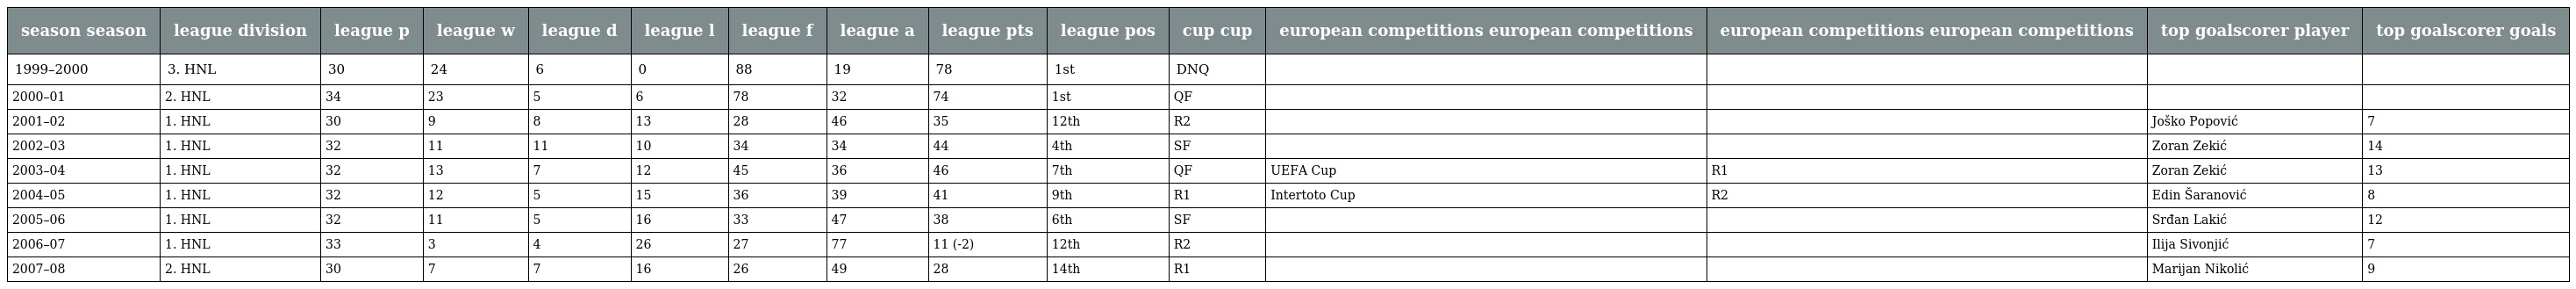
| season season | league division | league p | league w | league d | league l | league f | league a | league pts | league pos | cup cup | european competitions european competitions | european competitions european competitions | top goalscorer player | top goalscorer goals |
 | --- | --- | --- | --- | --- | --- | --- | --- | --- | --- | --- | --- | --- | --- | --- |
 | 1999–2000 | 3. HNL | 30 | 24 | 6 | 0 | 88 | 19 | 78 | 1st | DNQ |  |  |  |  |
 | 2000–01 | 2. HNL | 34 | 23 | 5 | 6 | 78 | 32 | 74 | 1st | QF |  |  |  |  |
 | 2001–02 | 1. HNL | 30 | 9 | 8 | 13 | 28 | 46 | 35 | 12th | R2 |  |  | Joško Popović | 7 |
 | 2002–03 | 1. HNL | 32 | 11 | 11 | 10 | 34 | 34 | 44 | 4th | SF |  |  | Zoran Zekić | 14 |
 | 2003–04 | 1. HNL | 32 | 13 | 7 | 12 | 45 | 36 | 46 | 7th | QF | UEFA Cup | R1 | Zoran Zekić | 13 |
 | 2004–05 | 1. HNL | 32 | 12 | 5 | 15 | 36 | 39 | 41 | 9th | R1 | Intertoto Cup | R2 | Edin Šaranović | 8 |
 | 2005–06 | 1. HNL | 32 | 11 | 5 | 16 | 33 | 47 | 38 | 6th | SF |  |  | Srđan Lakić | 12 |
 | 2006–07 | 1. HNL | 33 | 3 | 4 | 26 | 27 | 77 | 11 (-2) | 12th | R2 |  |  | Ilija Sivonjić | 7 |
 | 2007–08 | 2. HNL | 30 | 7 | 7 | 16 | 26 | 49 | 28 | 14th | R1 |  |  | Marijan Nikolić | 9 |